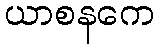
ယာစနကေ